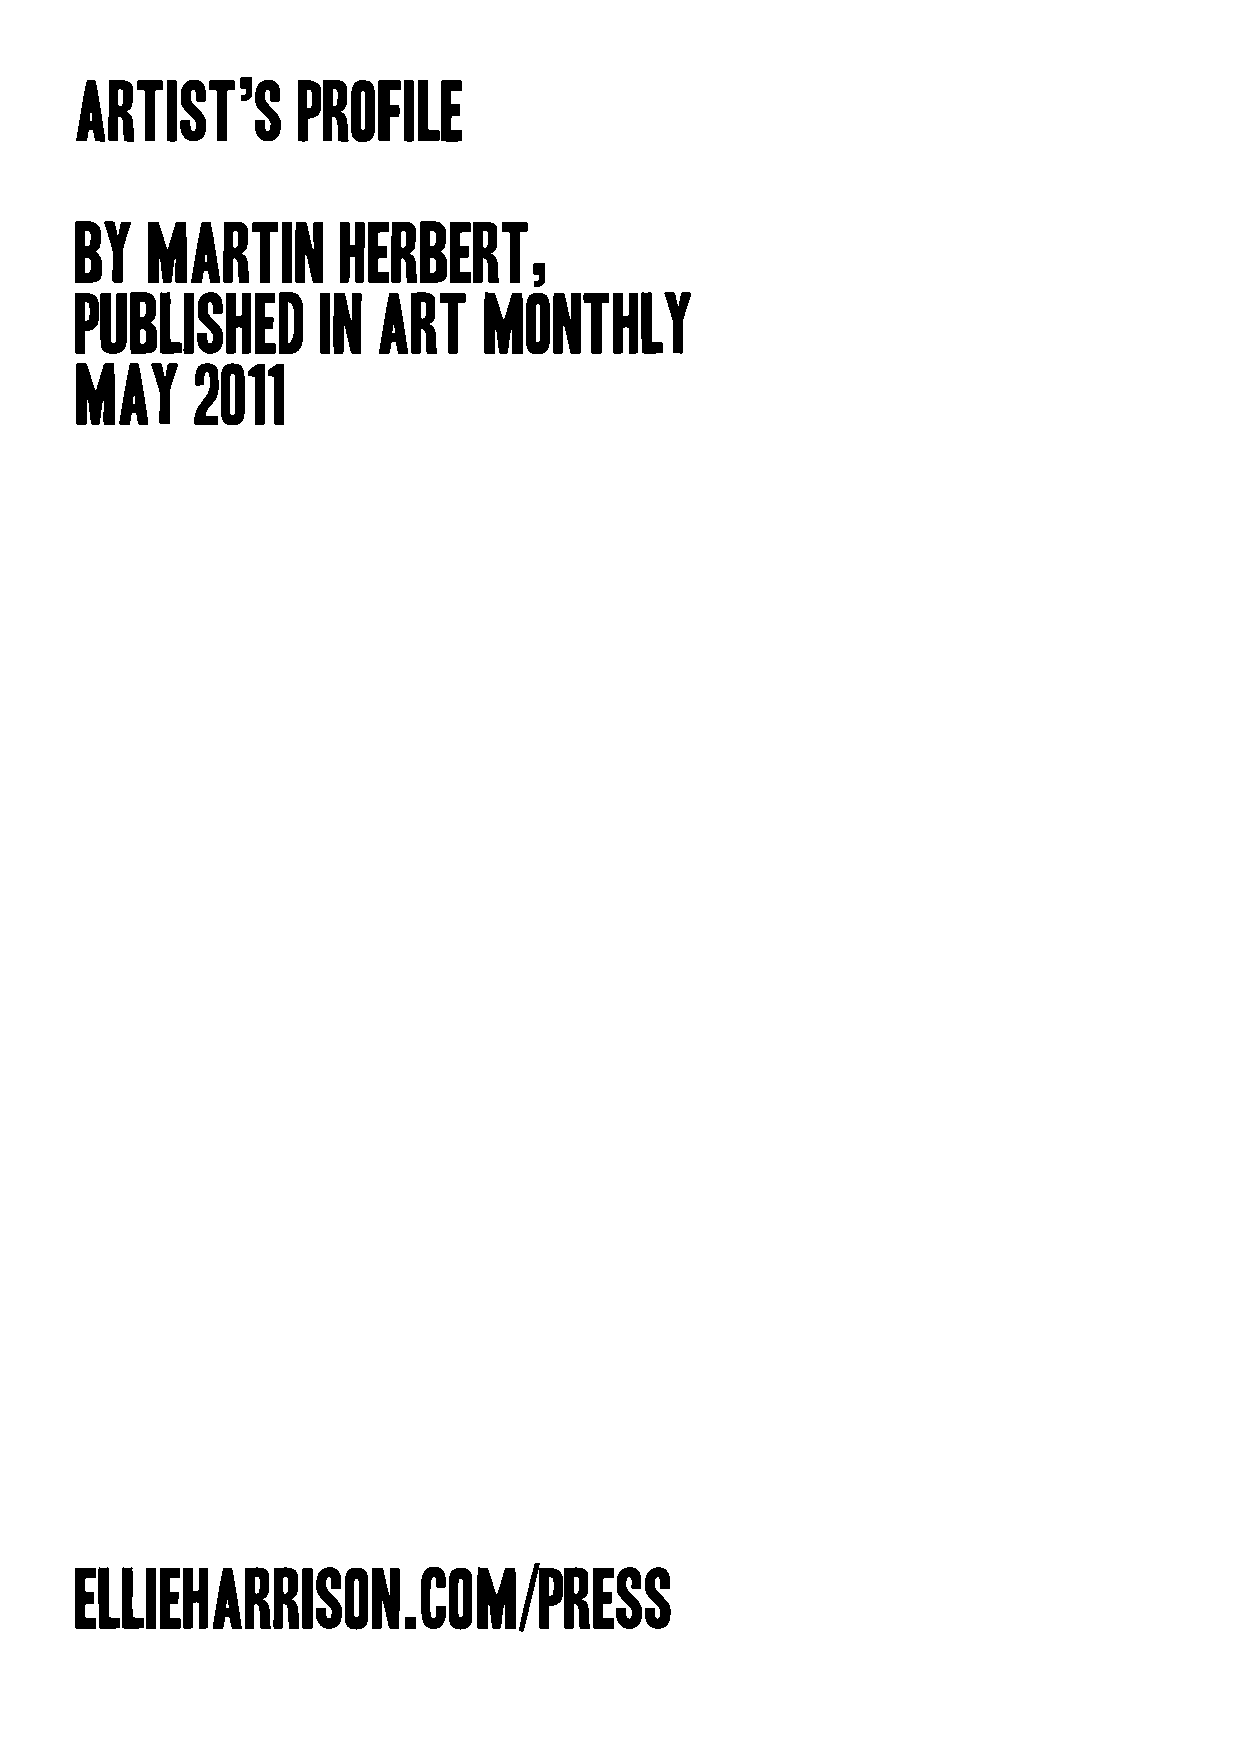
artist’s       PROFILE
 by   martin      herbert,
 published       in  ART    MONTHLY
 may     2011
 ellieharrison.com/press